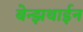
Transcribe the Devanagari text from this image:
बेन्झथाईन